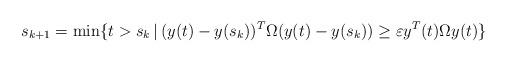
LaTeX: \begin{align*}s_{k+1}=\min\{t>s_k\,|\,(y(t)-y(s_k))^T\Omega(y(t)-y(s_k))\geq\varepsilon y^T(t)\Omega y(t)\}\end{align*}